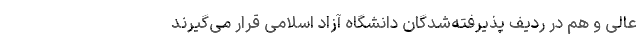
عالی و هم در ردیف پذیرفته‌شدگان دانشگاه آزاد اسلامی قرار می‌گیرند